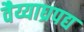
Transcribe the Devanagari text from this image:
वैय्याघ्रपद्य